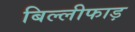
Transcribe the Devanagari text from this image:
बिल्लीफाड़